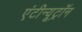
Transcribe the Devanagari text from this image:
एंटीन्यूट्रॉन